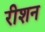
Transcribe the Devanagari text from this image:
रीशन